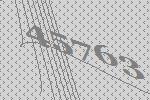
45763